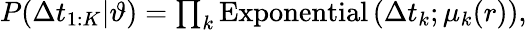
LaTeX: \begin{array}{r}{P(\Delta t_{1:K}|\vartheta)=\prod_{k}\mathrm{Exponential}\left(\Delta t_{k};\mu_{k}(r)\right),}\end{array}